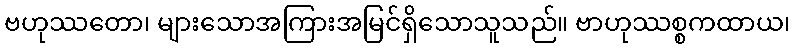
ဗဟုဿတော၊ များသောအကြားအမြင်ရှိသောသူသည်။ ဗာဟုဿစ္စကထာယ၊